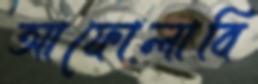
আফোলাবি